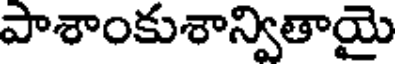
పాశాంకుశాన్వితాయై